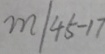
m \vert 4 5 - 1 7